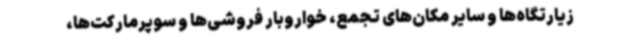
زیارتگاه‌ها و سایر مکان‌های تجمع، خواروبار فروشی‌ها و سوپرمارکت‌ها،